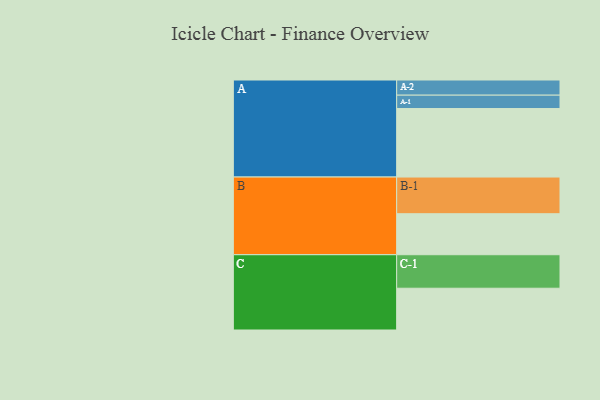
{"axis": {"x": "Segment", "y": "Value"}, "legend": ["", "A", "B", "C"], "data": [{"x": "A", "y": 538, "type": ""}, {"x": "B", "y": 322, "type": ""}, {"x": "C", "y": 328, "type": ""}, {"x": "A-1", "y": 105, "type": "A"}, {"x": "A-2", "y": 119, "type": "A"}, {"x": "B-1", "y": 288, "type": "B"}, {"x": "C-1", "y": 263, "type": "C"}]}